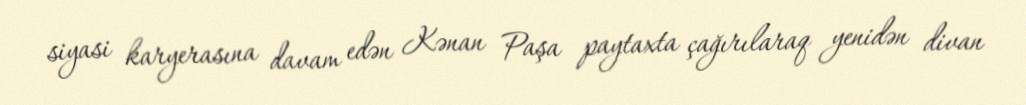
siyasi karyerasına davam edən Kənan Paşa paytaxta çağırılaraq yenidən divan